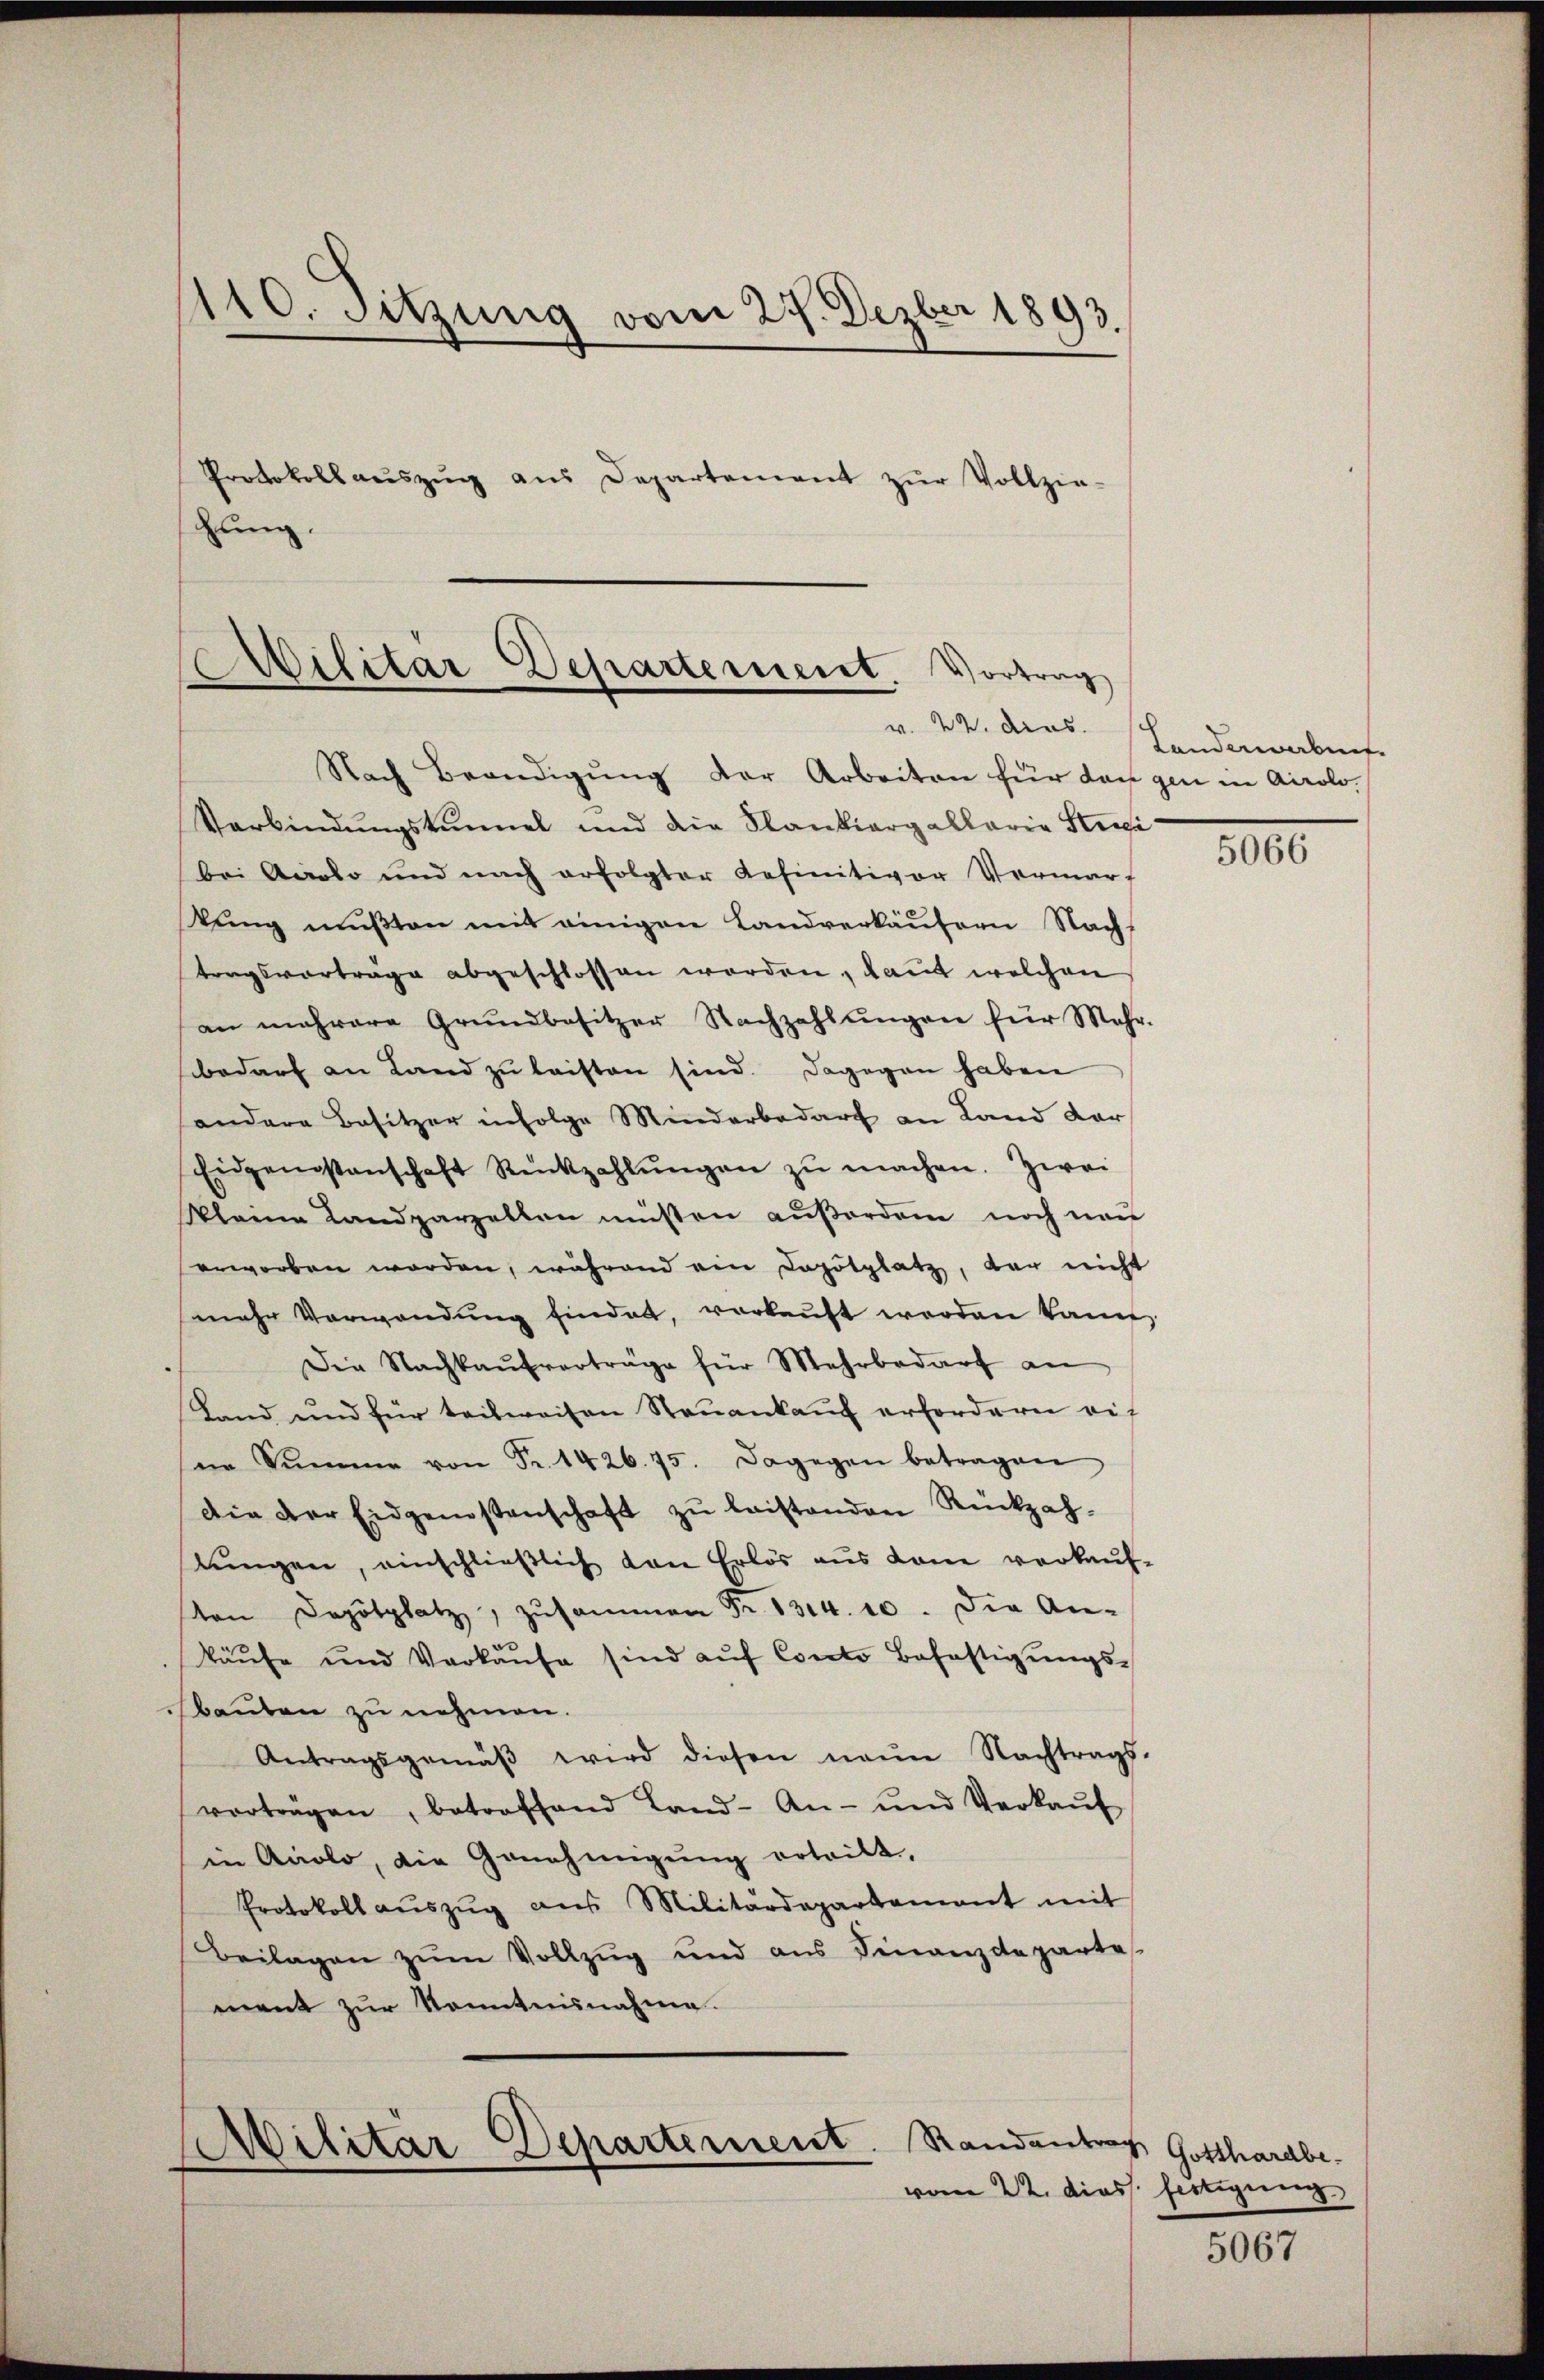
110. Sitzung vom 27. Dezber 1893.
Protokoll aŭszŭg aŭs Departement zŭr Vollzie-
hung.

Militar Departement. Vortrag

Nach Beendigŭng der Arbeiten für dan gen in Airolo-
Verbindungskammel und die Kantiergallaria Streibei Anato und nach erfolgter definitiver Vermar-
kŭng mŭβten mit einigen Landverkäufern Nach-
tragsvorträge abgeschlossen worden, laut welchen
an mehrere Grundbesitzer Nachzahlŭngen für Mehr-
bedarf an Land zu leisten sind. Dagegen haben
andere Besitzer infolge Minderbedarf an Land dar
Eidgenostenschaft Rückzahlŭngen zŭ machen. Zwei
klaria Landparzellen müßten außerdem noch von
erworben worden, während ein Depotplatz, war nicht
mehr Verwendŭng findet, verkaŭft werden kann
Die Nachkaŭfverträge für Mehrbedarf an
Land und für teilweisen Neŭankaŭf erfordern auf
ne Summe von Fr. 1426. 75. Dagegen betragen
Die der Eidgenossenschaft zŭ leistenden Rückzah-
slungen, einschließlich von Erlös aus kam verkaŭf-
von Depotplatz, zusammen Fr. 1314. 10. Die An-
käufe und Verkaŭfe sind aŭf Conto Befestigungs-
bauten zu nehmen.
Antragsgemäβ wird diesen neŭe Nachtrags-
vortragen, betroffend Land- An- und Verkaŭf
in Aaolo, die Genehmigung ertritt,
Protokoll aŭszŭg aŭs Militärdepartement mit
Beilagen zum Vollzug und aus Finanzdeparte
ment zur Kenntnisnahme.

Militar Departement
e

Randantrag Gotthardbe
vom 22. dies fertigung

v. 22. das Landerwerbunf

5066

5067